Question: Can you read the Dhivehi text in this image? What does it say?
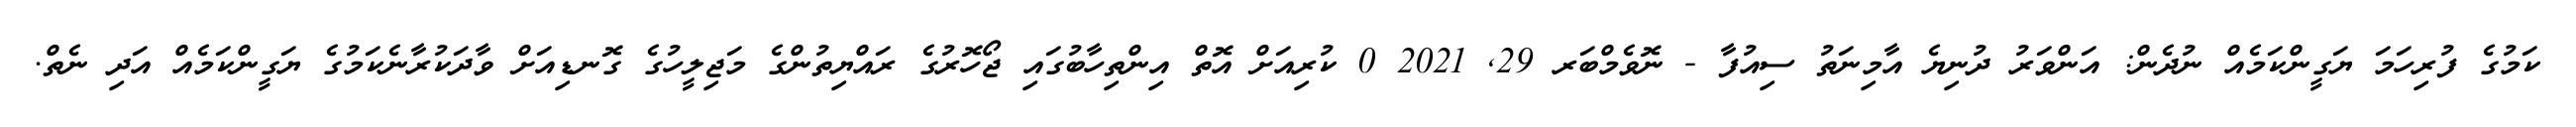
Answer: ކަމުގެ ފުރިހަމަ ޔަގީންކަމެއް ނުދެން: އަންވަރު ދުނިޔެ އާމިނަތު ސިއުފާ - ނޮވެމްބަރ 29, 2021 0 ކުރިއަށް އޮތް އިންތިހާބުގައި ޖޯހޮރުގެ ރައްޔިތުންގެ މަޖިލީހުގެ ގޮނޑިއަށް ވާދަކުރާނެކަމުގެ ޔަގީންކަމެއް އަދި ނެތް.